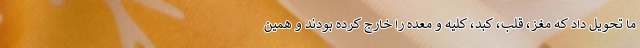
ما تحویل داد که مغز، قلب، کبد، کلیه و معده را خارج کرده بودند و همین